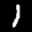
Label: 1